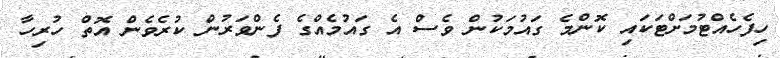
ހިފެހެއްޓުމަށްޓަކައި ކޮންމެ ގައުމަކުން ވެސް އެ ގައުމެއްގެ ފެންވަރުން ކުރެވެން އޮތް ހުރިހާ